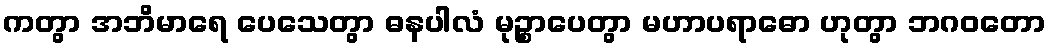
ကတွာ အဘိမာရေ ပေသေတွာ ဓနပါလံ မုဉ္စာပေတွာ မဟာပရာဓော ဟုတွာ ဘဂဝတော